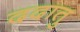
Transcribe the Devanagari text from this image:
ददातु